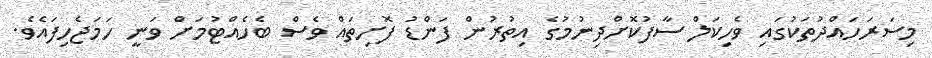
މިސަރަހައްދުތަކުގައި ވެހިކަލް ސާފުކޮށްދިނުމުގެ އިތުރުން ފަންޑު ފޮށިތައް ވެސް ބެހެއްޓުމަށް ވަނީ ހަމަޖެހިފައެވެ.